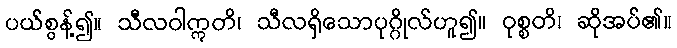
ပယ်စွန့်၍။ သီလဝါဣတိ၊ သီလရှိသောပုဂ္ဂိုလ်ဟူ၍။ ဝုစ္စတိ၊ ဆိုအပ်၏။